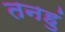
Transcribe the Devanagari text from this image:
तनहुं